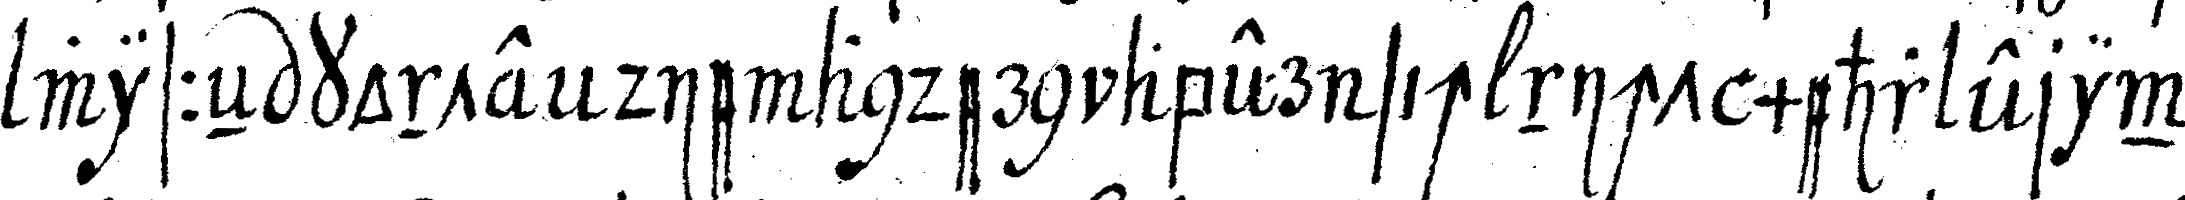
wisseN konte die andern aber sich nicht mehr erin